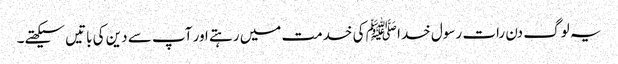
یہ لوگ دن رات رسول خدا ﷺ کی خدمت میں رہتے اور آپ سے دین کی باتیں سیکھتے۔